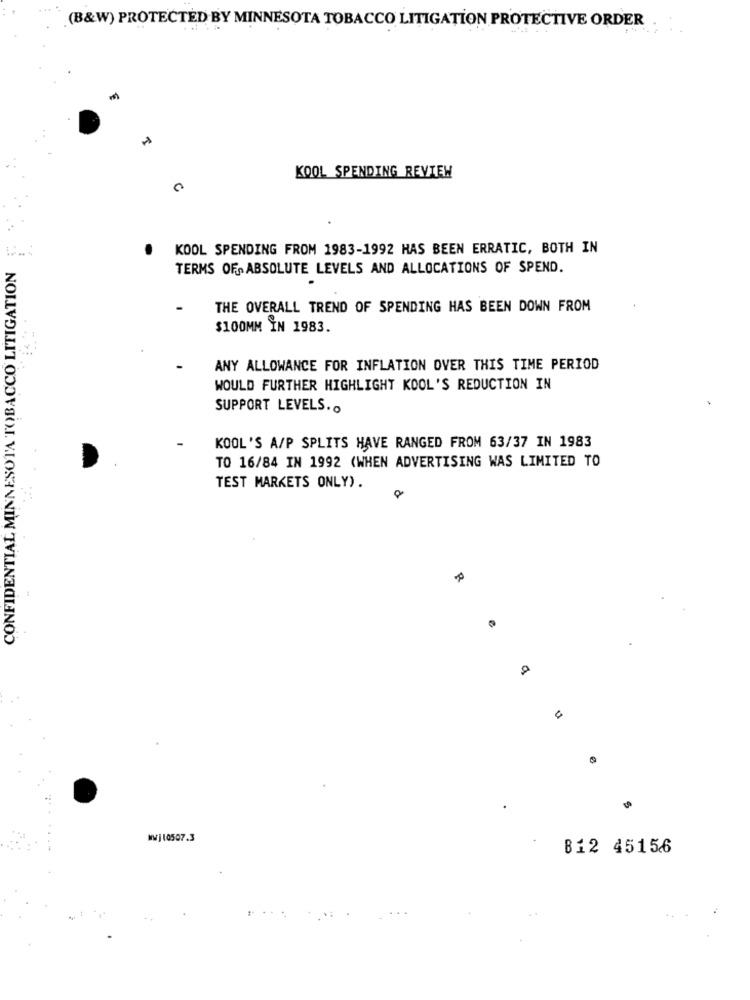
(B&W) PROTECTED BY MINNESOTA TOBACCO LITIGATION PROTECTIVE ORDER
KOOL SPENDING REVIEW
KOOL SPENDING FROM 1983-1992 HAS BEEN ERRATIC, BOTH IN
CONFIDENTIAL MINNESOTA TOBACCO LITIGATION
TERMS OF ABSOLUTE LEVELS AND ALLOCATIONS OF SPEND.
THE OVERALL TREND OF SPENDING HAS BEEN DOWN FROM
$100MM IN 1983.
ANY ALLOWANCE FOR INFLATION OVER THIS TIME PERIOD
WOULD FURTHER HIGHLIGHT KOOL'S REDUCTION IN
SUPPORT LEVELS. .
KOOL'S A/P SPLITS HAVE RANGED FROM 63/37 IN 1983
TO 16/84 IN 1992 (WHEN ADVERTISING WAS LIMITED TO
TEST MARKETS ONLY).
wWj10507.3
812 45156
..